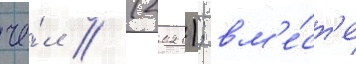
че́л // (2021); вм'е́ст'е